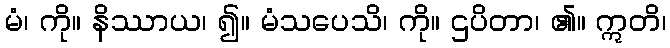
မံ၊ ကို။ နိဿာယ၊ ၍။ မံသပေသိ၊ ကို။ ဌပိတာ၊ ၏။ ဣတိ၊